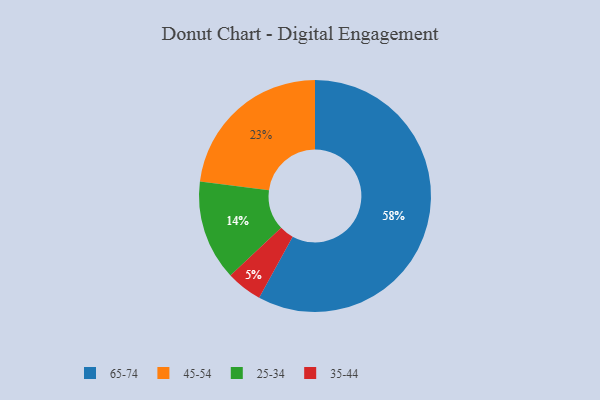
{"axis": {"x": "Category", "y": "Percentage"}, "legend": ["25-34", "35-44", "45-54", "65-74"], "data": [{"x": "35-44", "y": 5, "type": "35-44"}, {"x": "25-34", "y": 14, "type": "25-34"}, {"x": "45-54", "y": 23, "type": "45-54"}, {"x": "65-74", "y": 58, "type": "65-74"}]}